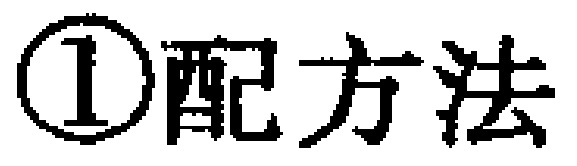
\textcircled{1}配方法